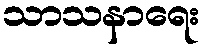
သာသနာရေး